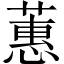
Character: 蕙